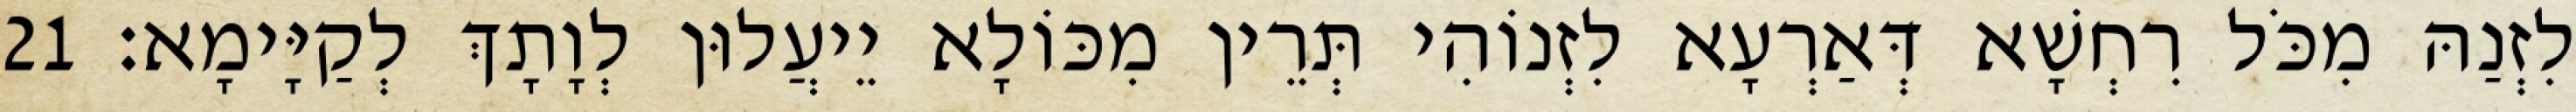
לִזְנַהּ מִכֹּל רִחְשָׁא דְּאַרְעָא לִזְנוֹהִי תְּרֵין מִכּוֹלָא יֵיעֲלוּן לְוָתָךְ לְקַיָּימָא׃ 21